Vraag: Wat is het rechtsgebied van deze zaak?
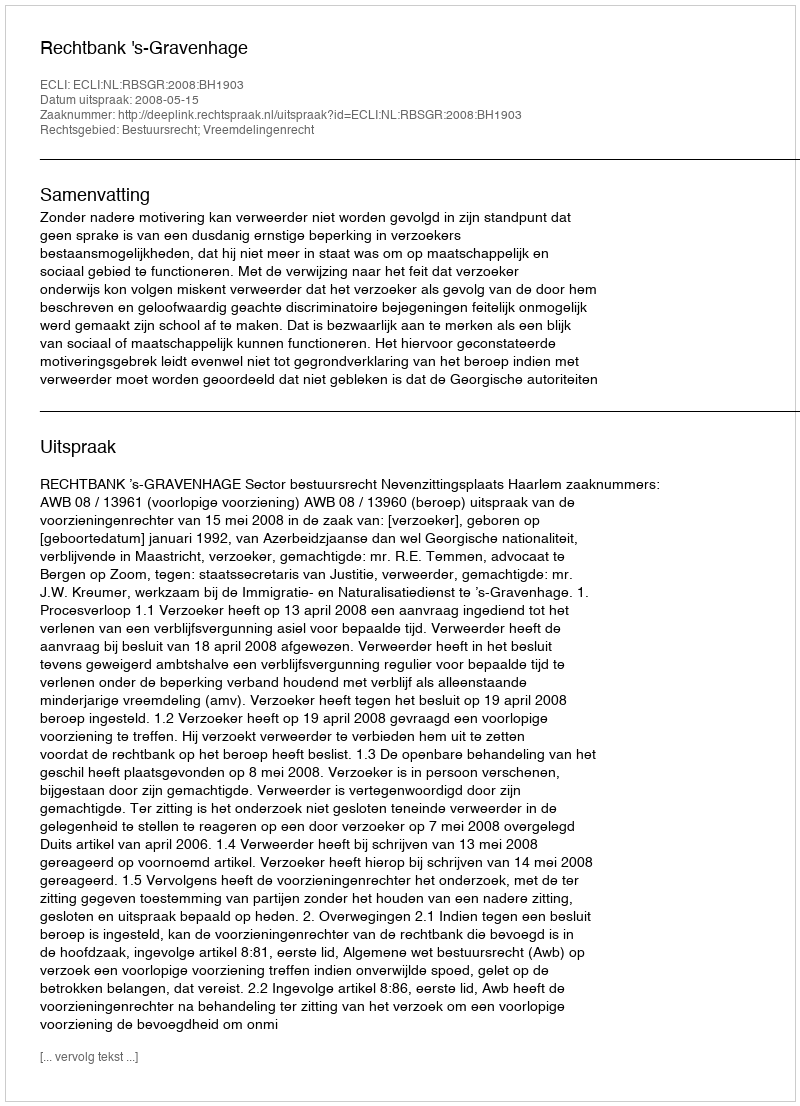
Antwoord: Bestuursrecht; Vreemdelingenrecht